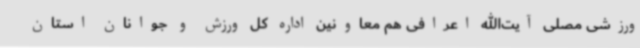
ورزشی مصلی آیت‌الله اعرافی هم معاونین اداره کل ورزش و جوانان استان